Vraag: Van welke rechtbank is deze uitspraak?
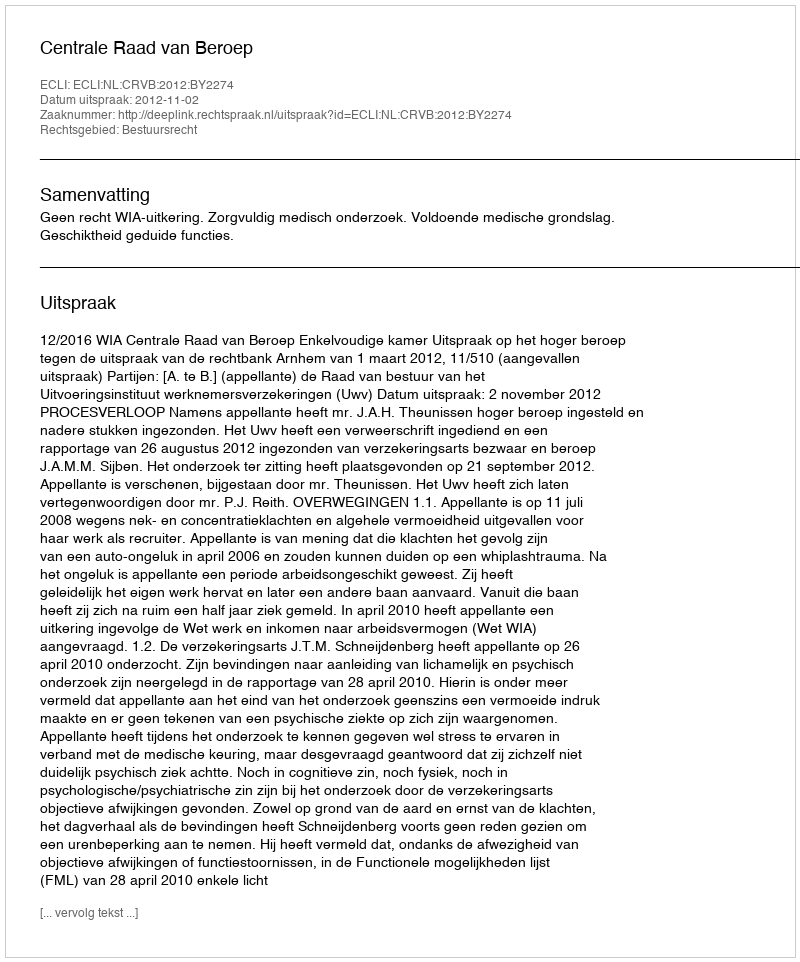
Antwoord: Centrale Raad van Beroep